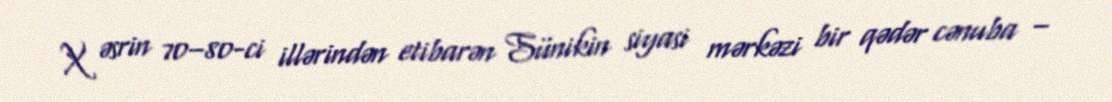
X əsrin 70–80-ci illərindən etibarən Sünikin siyasi mərkəzi bir qədər cənuba –